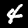
Label: 4